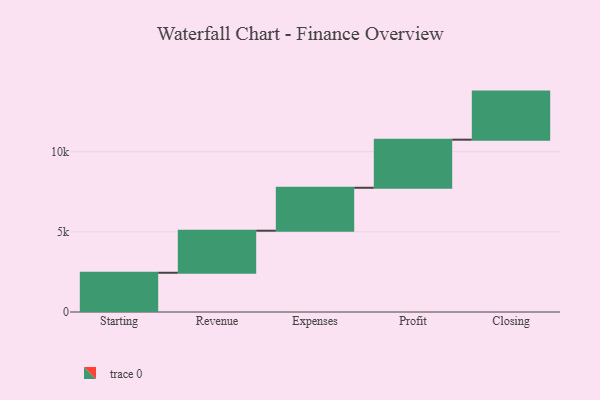
{"axis": {"x": "Step", "y": "Value"}, "legend": [""], "data": [{"x": "Starting", "y": 2448.0, "type": ""}, {"x": "Revenue", "y": 2624.0, "type": ""}, {"x": "Expenses", "y": 2679.0, "type": ""}, {"x": "Profit", "y": 3000, "type": ""}, {"x": "Closing", "y": 3000, "type": ""}]}